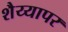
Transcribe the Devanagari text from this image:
शैय्यापर